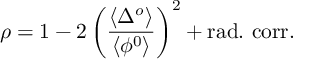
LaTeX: \rho = 1 - 2 \left( \frac { \langle \Delta ^ { o } \rangle } { \langle \phi ^ { 0 } \rangle } \right) ^ { 2 } + \mathrm { r a d . ~ c o r r . }